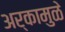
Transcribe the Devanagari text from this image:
अर्कामुळे